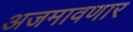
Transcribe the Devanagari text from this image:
अजमावणार